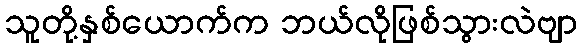
သူတို့နှစ်ယောက်က ဘယ်လိုဖြစ်သွားလဲဗျာ